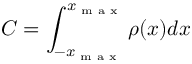
C = \int _ { - x _ { \textrm { m a x } } } ^ { x _ { \textrm { m a x } } } \rho ( x ) d x